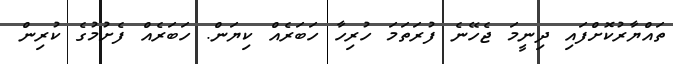
ތައްޔާރުކޮށްފައި ދިނީމަ ޖެހޭނެ ފުރަތަމަ ހުރިހާ ހަބަރެއް ކިޔަން. ހަބަރެއް ފެށުމުގެ ކުރިން